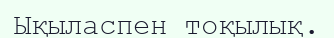
Ықыласпен тоқылық.